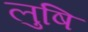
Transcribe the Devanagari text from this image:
लुषि